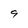
Character: 9